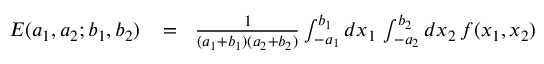
\begin{array} { r l r } { E ( a _ { 1 } , a _ { 2 } ; b _ { 1 } , b _ { 2 } ) } & { { } \! = \! } & { { \frac { 1 } { ( a _ { 1 } + b _ { 1 } ) ( a _ { 2 } + b _ { 2 } ) } } \int _ { - a _ { 1 } } ^ { b _ { 1 } } d x _ { 1 } \, \int _ { - a _ { 2 } } ^ { b _ { 2 } } d x _ { 2 } \, f ( x _ { 1 } , x _ { 2 } ) } \end{array}